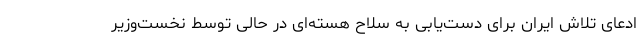
ادعای تلاش ایران برای دست‌یابی به سلاح هسته‌ای در حالی توسط نخست‌وزیر